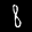
Label: 8